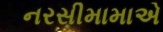
નરસીમામાએ